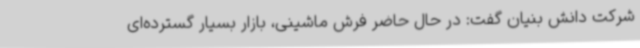
شرکت دانش بنیان گفت: در حال حاضر فرش ماشینی، بازار بسیار گسترده‌ای